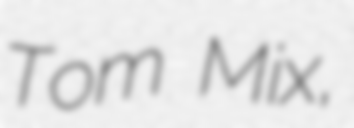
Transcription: Tom Mix,